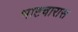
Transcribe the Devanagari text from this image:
भाष्टचारास